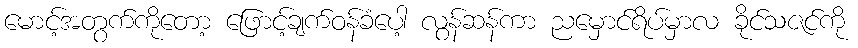
မောင့်အတွက်ကိုတော့ ဖြောင့်ချက်ဝန်ခံပေါ့ လွန်ဆန်ကာ ညမှောင်ရိပ်မှာလ ခိုင်သဇင်ကို